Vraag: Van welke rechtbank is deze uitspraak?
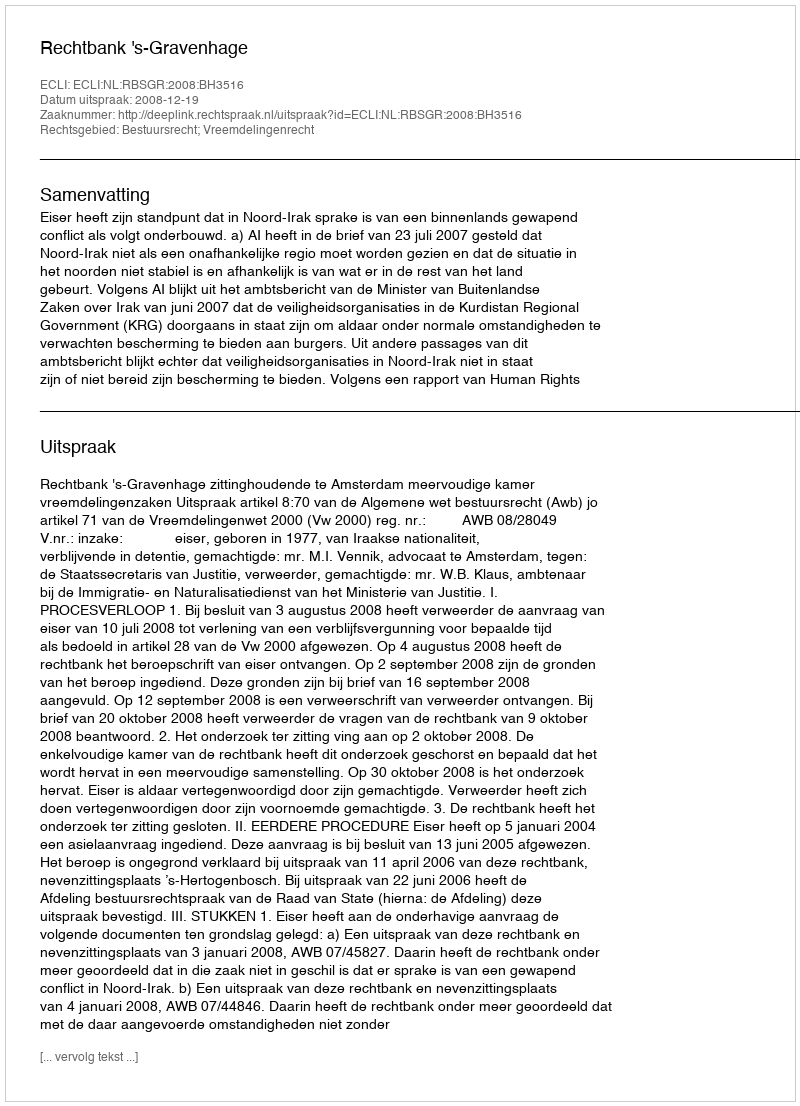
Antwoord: Rechtbank 's-Gravenhage